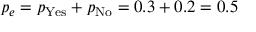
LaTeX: p _ { e } = p _ { \mathrm { Y e s } } + p _ { \mathrm { N o } } = 0 . 3 + 0 . 2 = 0 . 5